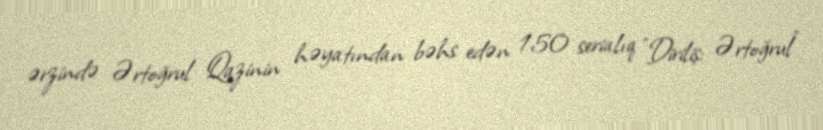
ərzində Ərtoğrul Qazinin həyatından bəhs edən 150 serialıq "Diriliş: Ərtoğrul"